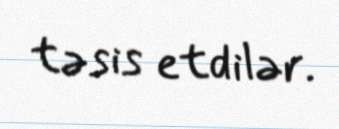
təsis etdilər.